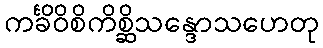
ကင်္ခိဝိစိကိစ္ဆိသန္ဒောသဟေတု